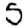
Digit: 5